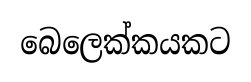
බෙලෙක්කයකට